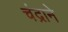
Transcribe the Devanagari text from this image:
चंद्राने